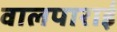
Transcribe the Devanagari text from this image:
वालपाराई